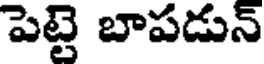
పెట్టె బాపడున్